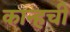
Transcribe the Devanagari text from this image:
कान्हची